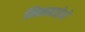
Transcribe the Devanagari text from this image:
मिनमातेने